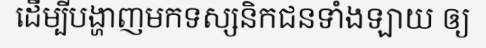
ដើម្បីបង្ហាញមកទស្សនិកជនទាំងឡាយ ឲ្យ